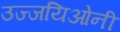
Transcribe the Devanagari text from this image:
उज्जयिओनी